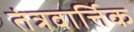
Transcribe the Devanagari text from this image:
तंत्रवार्त्तिक